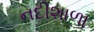
નદીશાળા